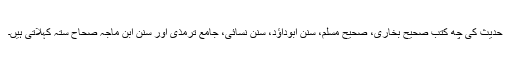
حدیث کی چھ کتب صحیح بخاری، صحیح مسلم، سنن ابوداؤد، سنن نسائی، جامع ترمذی اور سنن ابن ماجہ صحاح ستہ کہلاتی ہیں۔